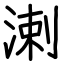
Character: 溂